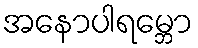
အနောပါရမ္ဘော